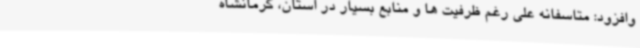
وافزود: متاسفانه علی رغم ظرفیت ها و منابع بسیار در استان، کرمانشاه